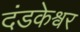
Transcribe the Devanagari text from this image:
दंडकेश्वर